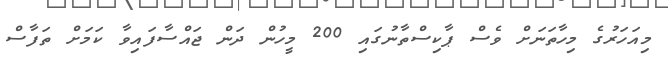
މިއަހަރުގެ މިހާތަނަށް ވެސް ޕާކިސްތާނުގައި 200 މީހުން ދަން ޖައްސާފައިވާ ކަމަށް ތަފާސް